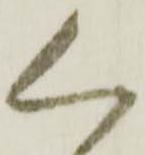
く